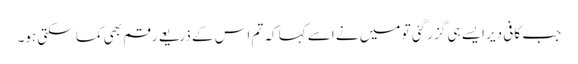
جب کافی دیر ایسے ہی گزر گئی تو میں نے اسے کہا کہ تم اس کے ذریعے رقم بھی کما سکتی ہو۔